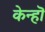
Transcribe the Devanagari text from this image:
केन्हॊ